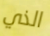
الذي